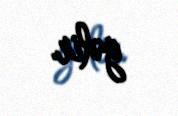
gəlir.